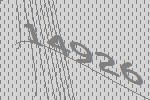
14926